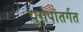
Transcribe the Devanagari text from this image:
युरोपांतर्गत